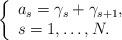
LaTeX: \begin{align*}\left\{\begin{array}{ll}a_s = \gamma_s + \gamma_{s+1}, \\s = 1,\ldots, N. \end{array}\right.\end{align*}